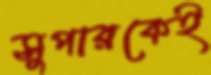
সুপারকেই